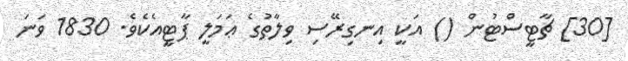
[30] ޗާޓީސްޓުން () އަކީ އިނގިރޭސި ވިލާތުގެ ޢަމަލީ ޕާޓީއެކެވެ. 1830 ވަނަ